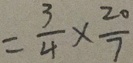
= \frac { 3 } { 4 } \times \frac { 2 0 } { 7 }